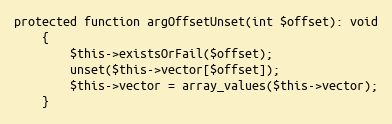
Language: PHP
protected function argOffsetUnset(int $offset): void
    {
        $this->existsOrFail($offset);
        unset($this->vector[$offset]);
        $this->vector = array_values($this->vector);
    }